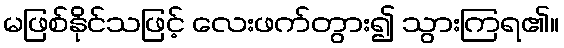
မဖြစ်နိုင်သဖြင့် လေးဖက်တွား၍ သွားကြရ၏။